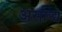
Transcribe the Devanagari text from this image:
असाद्ध्य